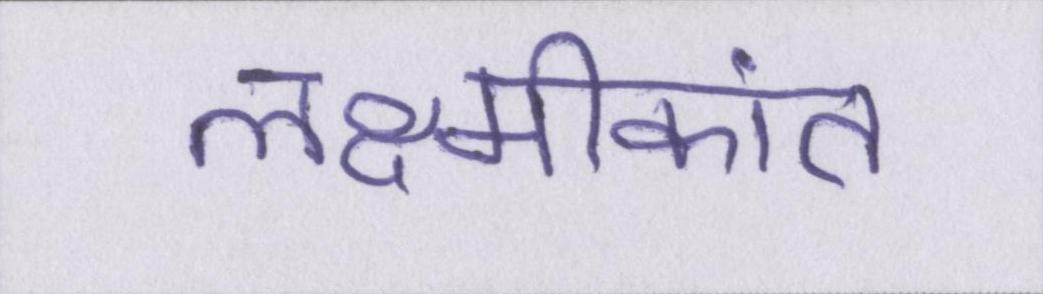
लक्ष्मीकांत